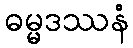
ဓမ္မဒဿနံ